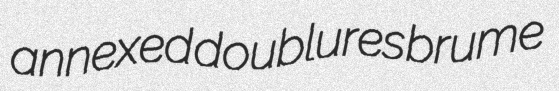
annexed doublures brume